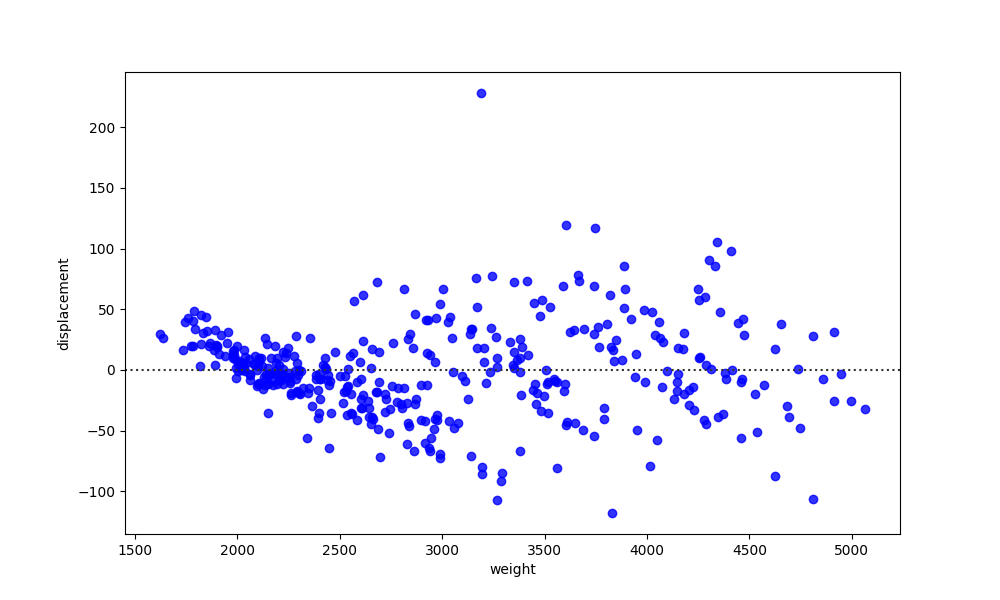
python, seaborn, residplot, lowess=False, scatter_color=blue